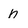
Character: h